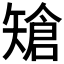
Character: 𥏲